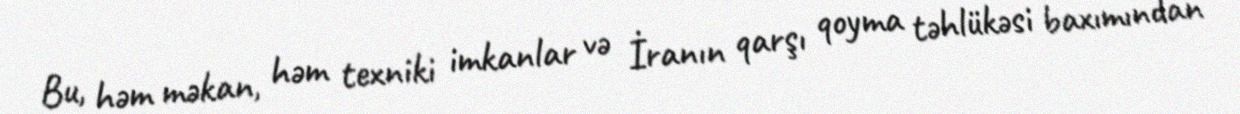
Bu, həm məkan, həm texniki imkanlar və İranın qarşı qoyma təhlükəsi baxımından